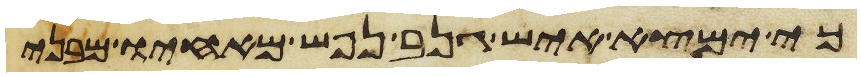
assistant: כי ימצא איש גנב נפש מאחיו מבני